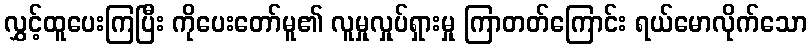
လွှင့်ထူပေးကြပြီး ကိုပေးတော်မူ၏ လူမှုလှုပ်ရှားမှု ကြာတတ်ကြောင်း ရယ်မောလိုက်သော